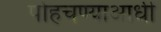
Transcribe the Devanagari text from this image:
पोहचण्याआधी